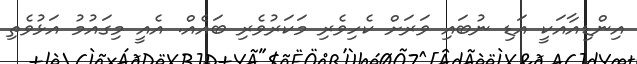
އިންޑިއާއަކީ އަޑި ނުބައި ވަރަށް ކެހިވެރި މަކަރުވެރި ބައެއް. އެއީ މިގައުމު އަޅުވެތި